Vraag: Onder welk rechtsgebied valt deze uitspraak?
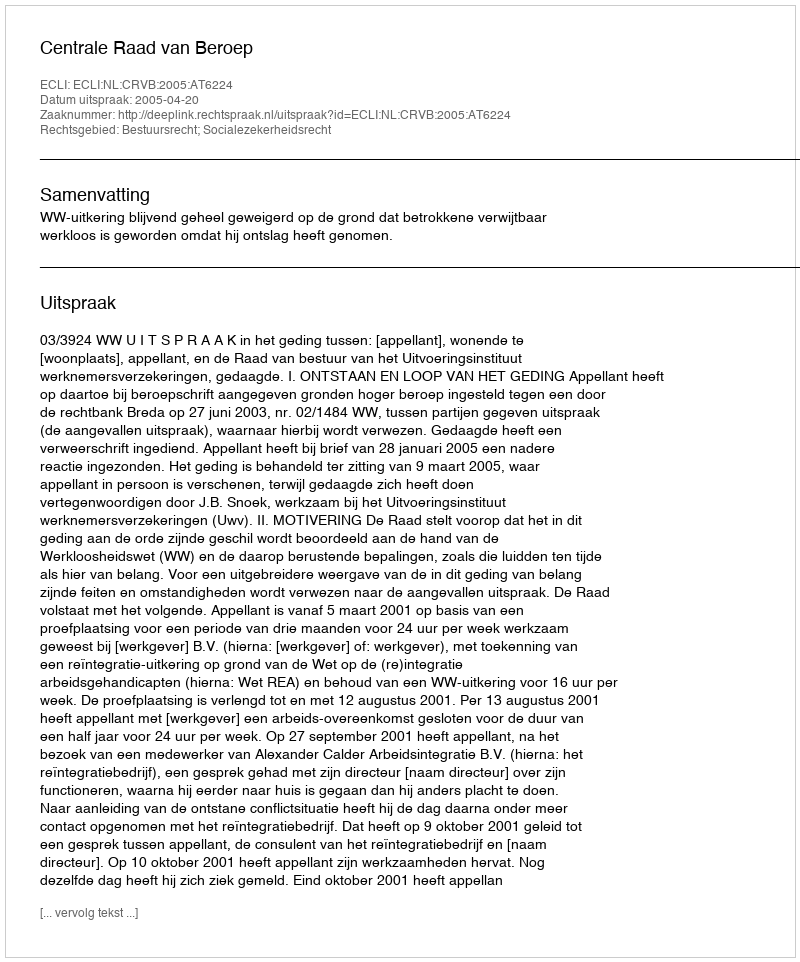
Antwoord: Bestuursrecht; Socialezekerheidsrecht